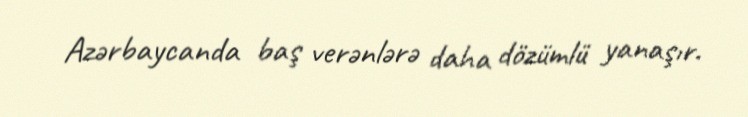
Azərbaycanda baş verənlərə daha dözümlü yanaşır.